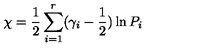
\chi = \frac 1 2 \sum _ { i = 1 } ^ { r } ( \gamma _ { i } - \frac 1 2 ) \ln P _ { i }